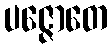
ပဇ္ဇောတေ